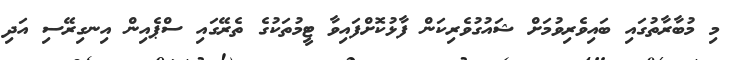
މި މުބާރާތުގައި ބައިވެރިވުމަށް ޝައުގުވެރިކަން ފާޅުކޮށްފައިވާ ޓީމުތަކުގެ ތެރޭގައި ސްޕެއިން އިނގިރޭސި އަދި